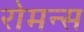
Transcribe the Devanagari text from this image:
रोमन्स